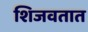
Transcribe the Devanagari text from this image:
शिजवतात